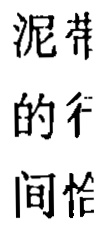
泥带
的行
间恰